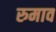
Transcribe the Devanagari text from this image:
रुमाव